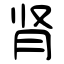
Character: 肾